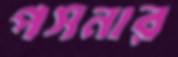
পসনার